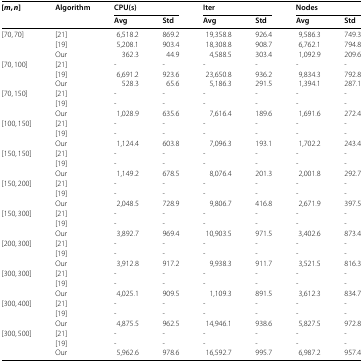
<table><thead><tr><td rowspan="2"><b>[<i>m</i>,<i>n</i>]</b></td><td rowspan="2"><b>Algorithm</b></td><td colspan="2"><b>CPU(s)</b></td><td colspan="2"><b>Iter</b></td><td colspan="2"><b>Nodes</b></td></tr><tr><td><b>Avg</b></td><td><b>Std</b></td><td><b>Avg</b></td><td><b>Std</b></td><td><b>Avg</b></td><td><b>Std</b></td></tr></thead><tbody><tr><td rowspan="3">[70,70]</td><td>[21]</td><td>6,518.2</td><td>869.2</td><td>19,358.8</td><td>926.4</td><td>9,586.3</td><td>749.3</td></tr><tr><td>[19]</td><td>5,208.1</td><td>903.4</td><td>18,308.8</td><td>908.7</td><td>6,762.1</td><td>794.8</td></tr><tr><td>Our</td><td>362.3</td><td>44.9</td><td>4,588.5</td><td>303.4</td><td>1,092.9</td><td>209.6</td></tr><tr><td rowspan="3">[70,100]</td><td>[21]</td><td>-</td><td>-</td><td>-</td><td>-</td><td>-</td><td>-</td></tr><tr><td>[19]</td><td>6,691.2</td><td>923.6</td><td>23,650.8</td><td>936.2</td><td>9,834.3</td><td>792.8</td></tr><tr><td>Our</td><td>528.3</td><td>65.6</td><td>5,186.3</td><td>291.5</td><td>1,394.1</td><td>287.1</td></tr><tr><td rowspan="3">[70,150]</td><td>[21]</td><td>-</td><td>-</td><td>-</td><td>-</td><td>-</td><td>-</td></tr><tr><td>[19]</td><td>-</td><td>-</td><td>-</td><td>-</td><td>-</td><td>-</td></tr><tr><td>Our</td><td>1,028.9</td><td>635.6</td><td>7,616.4</td><td>189.6</td><td>1,691.6</td><td>272.4</td></tr><tr><td rowspan="3">[100,150]</td><td>[21]</td><td>-</td><td>-</td><td>-</td><td>-</td><td>-</td><td>-</td></tr><tr><td>[19]</td><td>-</td><td>-</td><td>-</td><td>-</td><td>-</td><td>-</td></tr><tr><td>Our</td><td>1,124.4</td><td>603.8</td><td>7,096.3</td><td>193.1</td><td>1,702.2</td><td>243.4</td></tr><tr><td rowspan="3">[150,150]</td><td>[21]</td><td>-</td><td>-</td><td>-</td><td>-</td><td>-</td><td>-</td></tr><tr><td>[19]</td><td>-</td><td>-</td><td>-</td><td>-</td><td>-</td><td>-</td></tr><tr><td>Our</td><td>1,149.2</td><td>678.5</td><td>8,076.4</td><td>201.3</td><td>2,001.8</td><td>292.7</td></tr><tr><td rowspan="3">[150,200]</td><td>[21]</td><td>-</td><td>-</td><td>-</td><td>-</td><td>-</td><td>-</td></tr><tr><td>[19]</td><td>-</td><td>-</td><td>-</td><td>-</td><td>-</td><td>-</td></tr><tr><td>Our</td><td>2,048.5</td><td>728.9</td><td>9,806.7</td><td>416.8</td><td>2,671.9</td><td>397.5</td></tr><tr><td rowspan="3">[150,300]</td><td>[21]</td><td>-</td><td>-</td><td>-</td><td>-</td><td>-</td><td>-</td></tr><tr><td>[19]</td><td>-</td><td>-</td><td>-</td><td>-</td><td>-</td><td>-</td></tr><tr><td>Our</td><td>3,892.7</td><td>969.4</td><td>10,903.5</td><td>971.5</td><td>3,402.6</td><td>873.4</td></tr><tr><td rowspan="3">[200,300]</td><td>[21]</td><td>-</td><td>-</td><td>-</td><td>-</td><td>-</td><td>-</td></tr><tr><td>[19]</td><td>-</td><td>-</td><td>-</td><td>-</td><td>-</td><td>-</td></tr><tr><td>Our</td><td>3,912.8</td><td>917.2</td><td>9,938.3</td><td>911.7</td><td>3,521.5</td><td>816.3</td></tr><tr><td rowspan="3">[300,300]</td><td>[21]</td><td>-</td><td>-</td><td>-</td><td>-</td><td>-</td><td>-</td></tr><tr><td>[19]</td><td>-</td><td>-</td><td>-</td><td>-</td><td>-</td><td>-</td></tr><tr><td>Our</td><td>4,025.1</td><td>909.5</td><td>1,109.3</td><td>891.5</td><td>3,612.3</td><td>834.7</td></tr><tr><td rowspan="3">[300,400]</td><td>[21]</td><td>-</td><td>-</td><td>-</td><td>-</td><td>-</td><td>-</td></tr><tr><td>[19]</td><td>-</td><td>-</td><td>-</td><td>-</td><td>-</td><td>-</td></tr><tr><td>Our</td><td>4,875.5</td><td>962.5</td><td>14,946.1</td><td>938.6</td><td>5,827.5</td><td>972.8</td></tr><tr><td rowspan="3">[300,500]</td><td>[21]</td><td>-</td><td>-</td><td>-</td><td>-</td><td>-</td><td>-</td></tr><tr><td>[19]</td><td>-</td><td>-</td><td>-</td><td>-</td><td>-</td><td>-</td></tr><tr><td>Our</td><td>5,962.6</td><td>978.6</td><td>16,592.7</td><td>995.7</td><td>6,987.2</td><td>957.4</td></tr></tbody></table>